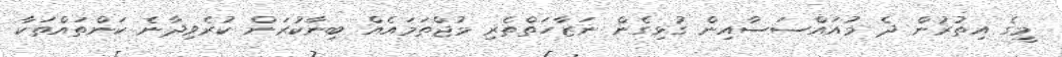
މީގެ އިތުރުން ދެ މުއައްސަސާއިން ގުޅިގެން ނަޒާހަތްތެރި މުޖްތަމައެއް ބިނާކުރަން ކުރެވިދާނެ ކަންތައްތަކާ